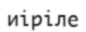
иіріле